Report of the Indian Hemp Drugs Commission, 1894-1895 - Volume V
Year: 1894
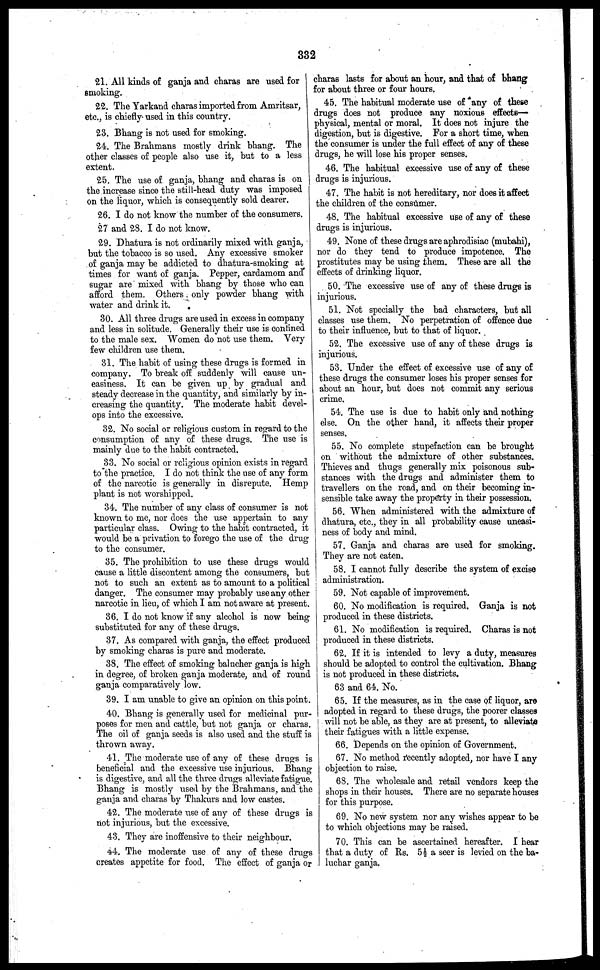
332
21. All kinds of ganja and charas are used for
smoking.
22. The Yarkand charas imported from Amritsar,
etc., is chiefly used in this country.
23. Bhang is not used for smoking.
24. The Brahmans mostly drink bhang. The
other classes of people also use it, but to a less
extent.
25. The use of ganja, bhang and charas is on
the increase since the still-head duty was imposed
on the liquor, which is consequently sold dearer.
26. I do not know the number of the consumers.
27 and 28. I do not know.
29. Dhatura is not ordinarily mixed with ganja,
but the tobacco is so used. Any excessive smoker
of ganja may be addicted to dhatura-smoking at
times for want of ganja. Pepper, cardamom and
sugar are mixed with bhang by those who can
afford them. Others only powder bhang with
water and drink it.
30. All three drugs are used in excess in company
and less in solitude. Generally their use is confined
to the male sex. Women do not use them. Very
few children use them.
31. The habit of using these drugs is formed in
company. To break off suddenly will cause un-
easiness. It can be given up by gradual and
steady decrease in the quantity, and similarly by in-
creasing the quantity. The moderate habit devel-
ops into the excessive.
32. No social or religious custom in regard to the
consumption of any of these drugs. The use is
mainly due to the habit contracted.
33. No social or religious opinion exists in regard
to the practice. I do not think the use of any form
of the narcotic is generally in disrepute. Hemp
plant is not worshipped.
34. The number of any class of consumer is not
known to me, nor does the use appertain to any
particular class. Owing to the habit contracted, it
would be a privation to forego the use of the drug
to the consumer.
35. The prohibition to use these drugs would
cause a little discontent among the consumers, but
not to such an extent as to amount to a political
danger. The consumer may probably use any other
narcotic in lieu, of which I am not aware at present.
36. I do not know if any alcohol is now being
substituted for any of these drugs.
37. As compared with ganja, the effect produced
by smoking charas is pure and moderate.
38. The effect of smoking balucher ganja is high
in degree, of broken ganja moderate, and of round
ganja comparatively low.
39. I am unable to give an opinion on this point.
40. Bhang is generally used for medicinal pur-
poses for men and cattle, but not ganja or charas.
The oil of ganja seeds is also used and the stuff is
thrown away.
41. The moderate use of any of these drugs is
beneficial and the excessive use injurious. Bhang
is digestive, and all the three drugs alleviate fatigue.
Bhang is mostly used by the Brahmans, and the
ganja and charas by Thakurs and low castes.
42. The moderate use of any of these drugs is
not injurious, but the excessive.
43. They are inoffensive to their neighbour.
44. The moderate use of any of these drugs
creates appetite for food. The effect of ganja or
charas lasts for about an hour, and that of bhang
for about three or four hours.
45. The habitual moderate use of any of these
drugs does not produce any noxious effects—
physical, mental or moral. It does not injure the
digestion, but is digestive. For a short time, when
the consumer is under the full effect of any of these
drugs, he will lose his proper senses.
46. The habitual excessive use of any of these
drugs is injurious.
47. The habit is not hereditary, nor does it affect
the children of the consumer.
48. The habitual excessive use of any of these
drugs is injurious.
49. None of these drugs are aphrodisiac (mubahi),
nor do they tend to produce impotence. The
prostitutes may be using them. These are all the
effects of drinking liquor.
50. The excessive use of any of these drugs is
injurious.
51. Not specially the bad characters, but all
classes use them. No perpetration of offence due
to their influence, but to that of liquor.
52. The excessive use of any of these drugs is
injurious.
53. Under the effect of excessive use of any of
these drugs the consumer loses his proper senses for
about an hour, but does not commit any serious
crime.
54. The use is due to habit only and nothing
else. On the other hand, it affects their proper
senses.
55. No complete stupefaction can be brought
on without the admixture of other substances.
Thieves and thugs generally mix poisonous sub-
stances with the drugs and administer them to
travellers on the road, and on their becoming in-
sensible take away the property in their possession.
56. When administered with the admixture of
dhatura, etc., they in all probability cause uneasi-
ness of body and mind.
57. Ganja and charas are used for smoking.
They are not eaten.
58. I cannot fully describe the system of excise
administration.
59. Not capable of improvement.
60. No modification is required. Ganja is not
produced in these districts.
61. No modification is required. Charas is not
produced in these districts.
62. If it is intended to levy a duty, measures
should be adopted to control the cultivation. Bhang
is not produced in these districts.
63 and 64. No.
65. If the measures, as in the case of liquor, are
adopted in regard to these drugs, the poorer classes
will not be able, as they are at present, to alleviate
their fatigues with a little expense.
66. Depends on the opinion of Government.
67. No method recently adopted, nor have I any
objection to raise.
68. The wholesale and retail vendors keep the
shops in their houses. There are no separate houses
for this purpose.
69. No new system nor any wishes appear to be
to which objections may be raised.
70. This can be ascertained hereafter. I hear
that a duty of Rs. 5½ a seer is levied on the ba-
luchar ganja.